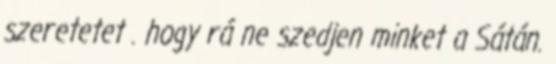
szeretetet . hogy rá ne szedjen minket a Sátán.